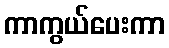
ကာကွယ်ပေးကာ